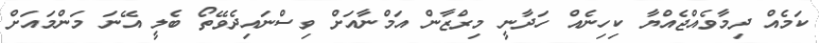
ކަމެއް ދިމާވެއްޖެއްޔާ ކިހިނެއް ހަދާނީ މިރްޒާން އަމްނާއަށް ވިސްނައިދެވޭތޯ ބެލީ އޭނަ މަންމައަށް